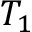
T _ { 1 }